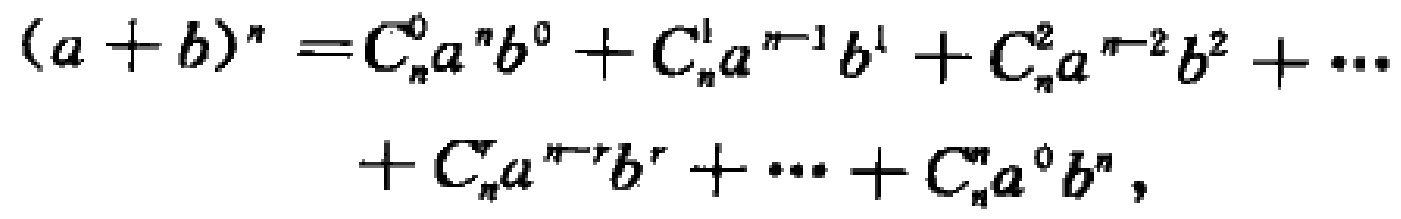
\[(a + b)^n = C_{n}^{0}a^{n}b^{0} + C_{n}^{1}a^{n - 1}b^{1} + C_{n}^{2}a^{n - 2}b^{2} + \cdots + C_{n}^{r}a^{n - r}b^{r} + \cdots + C_{n}^{n}a^{0}b^{n},\]